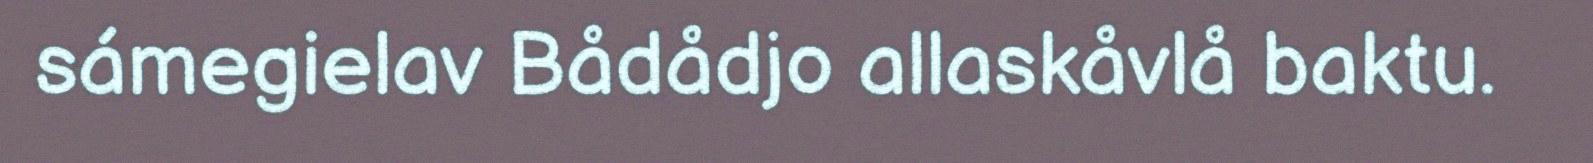
sámegielav Bådådjo allaskåvlå baktu.